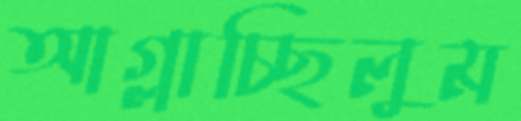
আগ্‌লাচ্ছিলুম